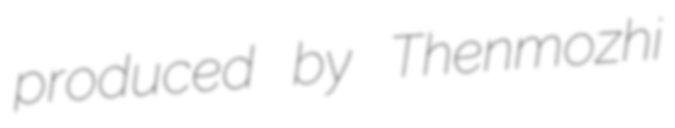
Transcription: produced by Thenmozhi